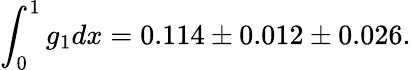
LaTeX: \int_{0}^{1}g_{1}dx=0.114\pm 0.012\pm 0.026.